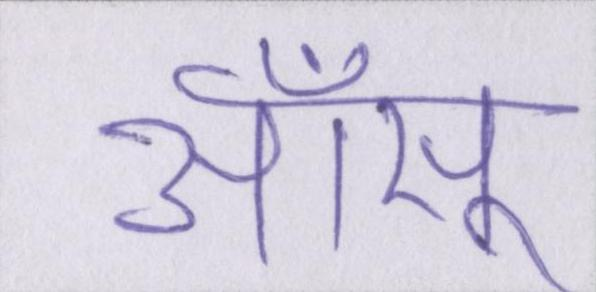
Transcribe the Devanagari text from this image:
आँसू